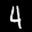
Label: 4